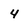
Character: 4